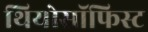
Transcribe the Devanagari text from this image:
थियोसॉफिस्ट